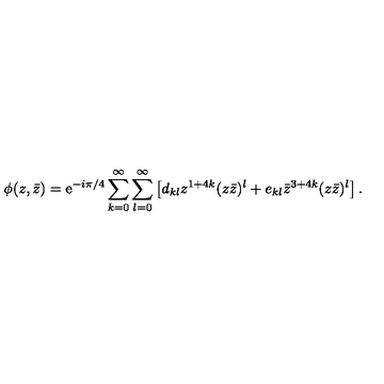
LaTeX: \phi ( z , \bar { z } ) = { \mathrm e } ^ { - i \pi / 4 } \sum _ { k = 0 } ^ { \infty } \sum _ { l = 0 } ^ { \infty } \left[ d _ { k l } z ^ { 1 + 4 k } ( z \bar { z } ) ^ { l } + e _ { k l } { \bar { z } } ^ { 3 + 4 k } ( z \bar { z } ) ^ { l } \right] .